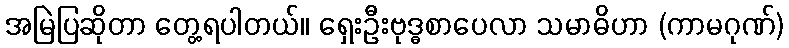
အမြဲပြဆိုတာ တွေ့ရပါတယ်။ ရှေးဦးဗုဒ္ဓစာပေလာ သမာဓိဟာ (ကာမဂုဏ်)